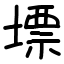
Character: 墂